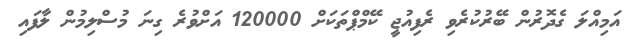
އަމިއްލަ ގެދޮރުން ބޭރުކުރެވި ރެފިއުޖީ ކޭމްޕްތަކަށް 120000 އަށްވުރެ ގިނަ މުސްލިމުން ލާފައި